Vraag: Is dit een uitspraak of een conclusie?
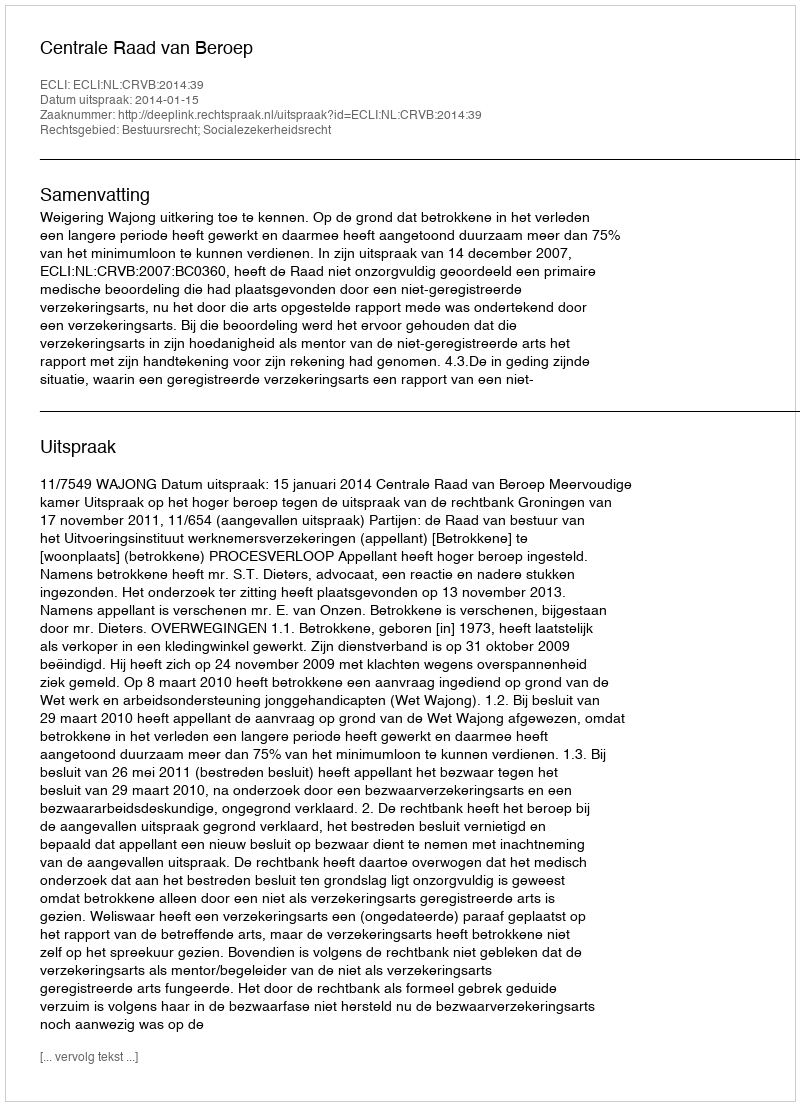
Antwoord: Uitspraak